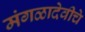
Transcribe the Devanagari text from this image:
मंगळादेवीचे